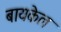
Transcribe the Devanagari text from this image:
बायकेल